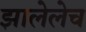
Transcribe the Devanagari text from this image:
झालेलेच